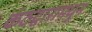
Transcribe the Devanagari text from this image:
कंठद्वारामधून